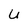
Character: U